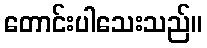
တောင်းပါသေးသည်။